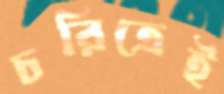
চরিত্রেই